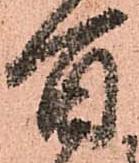
百